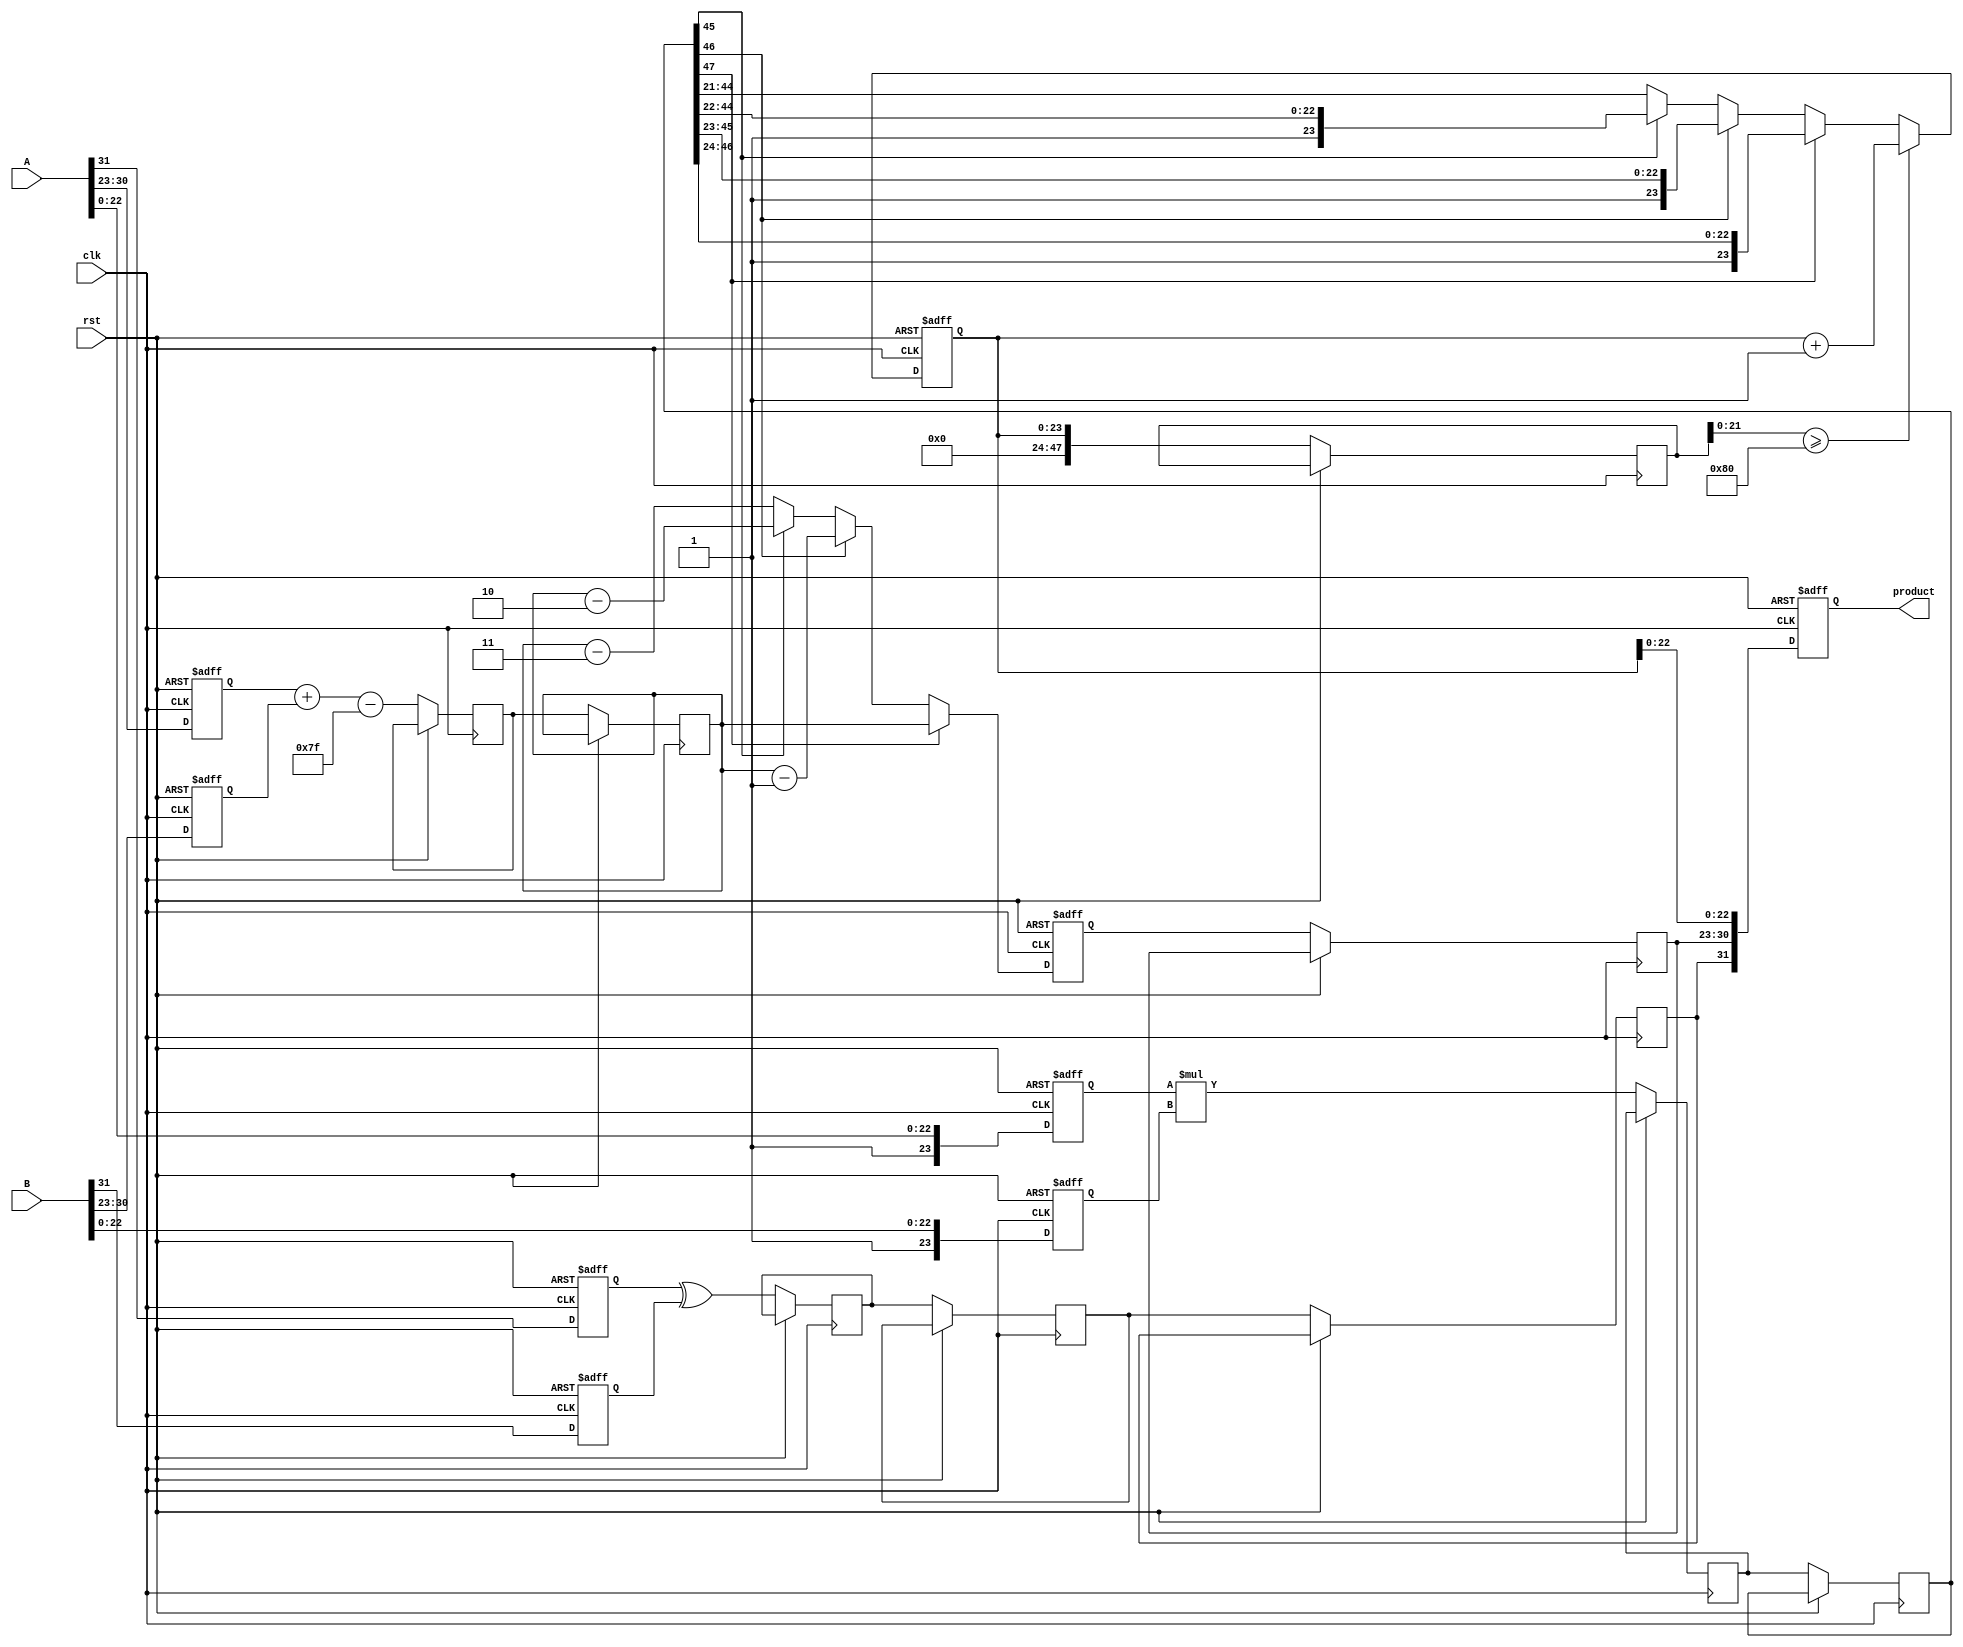
module pipelined_fp_multiplier (
    input clk,
    input rst,
    input [31:0] A,  // Input floating point number A
    input [31:0] B,  // Input floating point number B
    output reg [31:0] product // Output floating point product
);

    // Decomposition stage signals
    reg signA, signB, signResult;
    reg [7:0] expA, expB, expResult;
    reg [23:0] mantA, mantB, mantResult;
    
    // Pipeline stage registers
    reg sign_reg1, sign_reg2, sign_reg3;
    reg [7:0] exp_reg1, exp_reg2, exp_reg3;
    reg [47:0] mant_reg1, mant_reg2, mant_reg3; // 48 bits to hold multiplication result
    
    // Stages
    always @(posedge clk or posedge rst) begin
        if (rst) begin
            // Reset signals
            product <= 32'b0;
            signA <= 0; signB <= 0; signResult <= 0;
            expA <= 0; expB <= 0; expResult <= 0;
            mantA <= 0; mantB <= 0; mantResult <= 0;
        end else begin
            // Decomposition Stage
            signA <= A[31];
            signB <= B[31];
            expA <= A[30:23];
            expB <= B[30:23];
            mantA <= {1'b1, A[22:0]}; // Implicit leading 1 for normalized numbers
            mantB <= {1'b1, B[22:0]}; // Implicit leading 1 for normalized numbers
            
            // Next Stage: Sign Calculation
            sign_reg1 <= signA ^ signB;

            // Exponent Calculation
            exp_reg1 <= expA + expB - 8'd127; // Bias adjustment
            
            // Mantissa Multiplication
            mant_reg1 <= mantA * mantB;

            // Second Pipeline Stage
            sign_reg2 <= sign_reg1;
            exp_reg2 <= exp_reg1;
            mant_reg2 <= mant_reg1;

            // Next Stage: Normalization
            // Simple normalization: shift left until the leading bit is 1
            if (mant_reg2[47]) begin
                mantResult <= mant_reg2[47:24]; // No shift needed
                expResult <= exp_reg2;
            end else if (mant_reg2[46]) begin
                mantResult <= mant_reg2[46:23]; // Shift left by 1
                expResult <= exp_reg2 - 8'd1;
            end else if (mant_reg2[45]) begin
                mantResult <= mant_reg2[45:22]; // Shift left by 2
                expResult <= exp_reg2 - 8'd2;
            end else begin
                mantResult <= mant_reg2[44:21]; // Shift left by 3
                expResult <= exp_reg2 - 8'd3; // Continue shifting until leading 1
            end
            
            // Third Pipeline Stage
            sign_reg3 <= sign_reg2;
            exp_reg3 <= expResult;
            mant_reg3 <= mantResult;

            // Rounding (Simple round towards nearest)
            // Check if there's a need for rounding
            if(mant_reg3[21:0] >= 24'b10000000) begin
                mantResult <= mantResult + 1;
            end

            // Final Assembly
            product <= {sign_reg3, exp_reg3, mantResult[22:0]};
        end
    end
endmodule